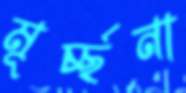
মূর্চ্ছনা